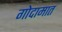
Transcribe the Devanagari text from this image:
गोदामात